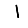
Digit: 1